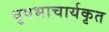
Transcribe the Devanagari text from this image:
वृषभाचार्यकृत